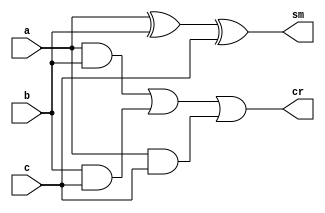
module fa(a,b,c,sm,cr);
input a,b,c;
output sm,cr;

xor(sm,a,b,c);
assign cr=(a&b)|(b&c)|(a&c);

//initial begin
//$monitor ("Hello World");
//end

endmodule